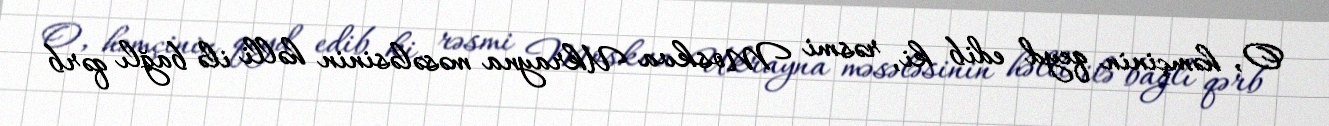
O, həmçinin qeyd edib ki, rəsmi Moskva Ukrayna məsələsinin həlli ilə bağlı qərb